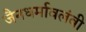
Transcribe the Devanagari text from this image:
जैनधर्मावलंबी